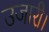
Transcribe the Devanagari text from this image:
उजारी।